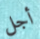
أجل